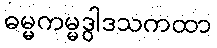
ဓမ္မကမ္မဒွါဒသကထာ